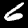
Digit: 6